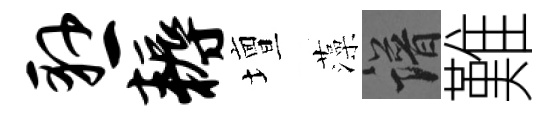
悬耨壇藻譜難